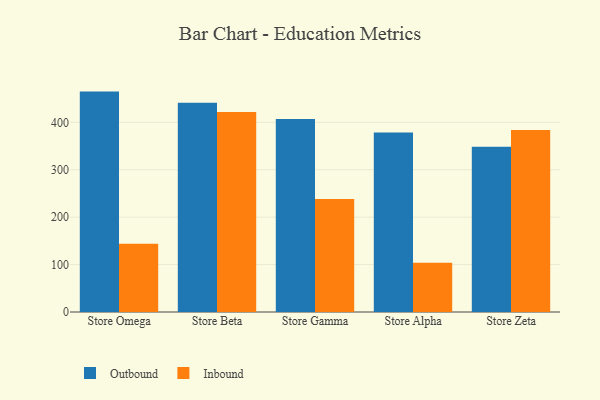
{"axis": {"x": "Store", "y": "Gross Profit (USD K)"}, "legend": ["Inbound", "Outbound"], "data": [{"x": "Store Omega", "y": 464.8, "type": "Outbound"}, {"x": "Store Omega", "y": 144.0, "type": "Inbound"}, {"x": "Store Beta", "y": 441.2, "type": "Outbound"}, {"x": "Store Beta", "y": 421.7, "type": "Inbound"}, {"x": "Store Gamma", "y": 406.8, "type": "Outbound"}, {"x": "Store Gamma", "y": 238.5, "type": "Inbound"}, {"x": "Store Alpha", "y": 378.5, "type": "Outbound"}, {"x": "Store Alpha", "y": 104.1, "type": "Inbound"}, {"x": "Store Zeta", "y": 348.5, "type": "Outbound"}, {"x": "Store Zeta", "y": 383.7, "type": "Inbound"}]}